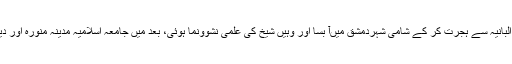
ابتدائے عمر میں ہی ان کا خاندان البانیہ سے ہجرت کر کے شامی شہردِمشق میںآ بسا اور وہیں شیخ کی علمی نشوونما ہوئی، بعد میں جامعہ اسلامیہ مدینہ منوّرہ اور دیگر تعلیمی اداروں کی رونق بنے۔